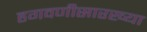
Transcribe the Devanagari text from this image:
हगवणीसारख्या